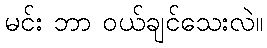
မင်း ဘာ ဝယ်ချင်သေးလဲ။